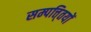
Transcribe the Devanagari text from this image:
सम्पत्ति्तयों